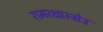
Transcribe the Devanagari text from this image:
रामरक्षास्त्रोत्र